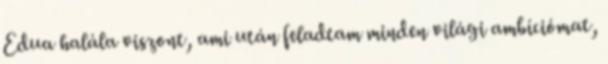
Edua halála viszont, ami után feladtam minden világi ambíciómat,